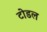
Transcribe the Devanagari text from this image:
टोडल